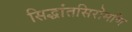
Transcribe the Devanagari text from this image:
सिद्धांतसिरोमणि